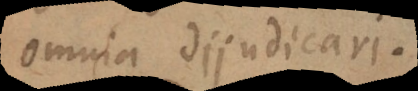
omnia dijudicari.